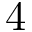
4